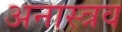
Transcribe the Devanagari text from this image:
अनास्त्रव